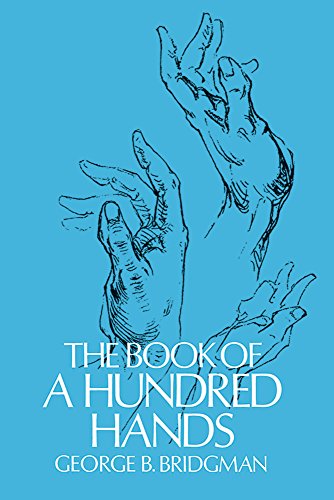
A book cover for The Book of a Hundred Hands (Dover Anatomy for Artists); George B. Bridgman; Arts & Photography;